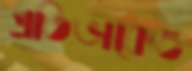
প্রতিভাকেও